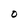
Character: 0